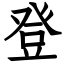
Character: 登